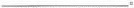
___。